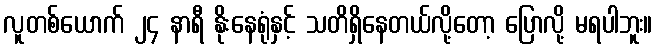
လူတစ်ယောက် ၂၄ နာရီ နိုးနေရုံနှင့် သတိရှိနေတယ်လို့တော့ ပြောလို့ မရပါဘူး။